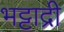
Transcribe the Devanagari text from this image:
भट्टाद्री